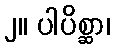
၂။ ပါပိစ္ဆာ၊